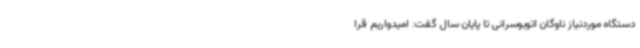
دستگاه موردنیاز ناوگان اتوبوسرانی تا پایان سال گفت: امیدواریم قرا